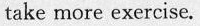
take more exercise.